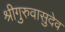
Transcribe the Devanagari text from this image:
श्रीगुरुवासुदेव